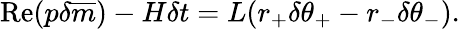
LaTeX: \mathrm{Re}(p\delta\overline{{{m}}})-H\delta t=L(r_{+}\delta\theta_{+}-r_{-}\delta\theta_{-}).